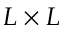
L \times L